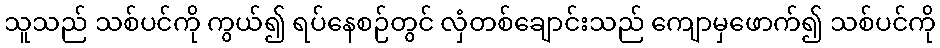
သူသည် သစ်ပင်ကို ကွယ်၍ ရပ်နေစဉ်တွင် လှံတစ်ချောင်းသည် ကျောမှဖောက်၍ သစ်ပင်ကို